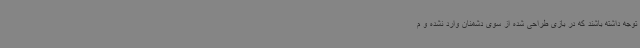
توجه داشته باشند که در بازی طراحی شده از سوی دشمنان وارد نشده و م